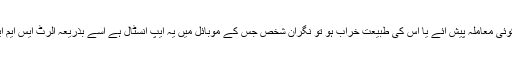
اسمارٹ فوچ وائی فائی سے منسلک رہتی ہے اور اس دوران اگر پہنے ہوئے شخص کو کوئی معاملہ پیش آئے یا اُس کی طبیعت خراب ہو تو نگران شخص جس کے موبائل میں یہ ایپ انسٹال ہے اُسے بذریعہ الرٹ ایس ایم ایس موصول ہوگا اور اس طرح متاثرہ شخص کی فوری مدد یا طبی امداد کی جاسکے گی۔